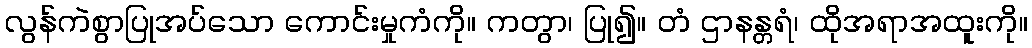
လွန်ကဲစွာပြုအပ်သော ကောင်းမှုကံကို။ ကတွာ၊ ပြု၍။ တံ ဌာနန္တရံ၊ ထိုအရာအထူးကို။